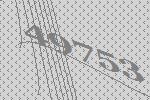
49753